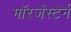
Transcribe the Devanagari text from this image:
मॉरजेंस्टेर्न